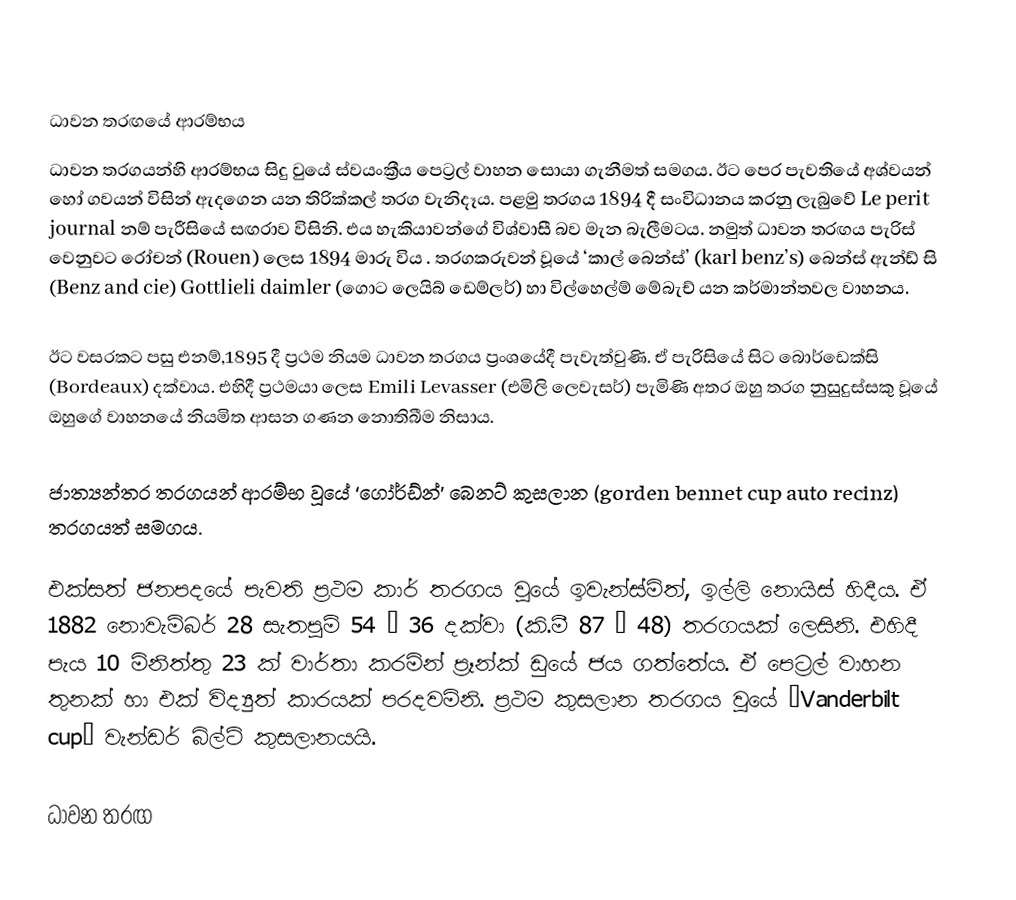

ධාවන තරඟයේ ආරම්භය
ධාවන තරගයන්හි ආරම්භය සිදු වුයේ ස්වයංක්‍රීය පෙට්‍රල් වාහන සොයා ගැනීමත් සමගය. ඊට පෙර පැවතියේ අශ්වයන් හෝ ගවයන් විසින් ඇදගෙන යන තිරික්කල් තරග වැනිදෑය. පළමු තරගය 1894 දී සංවිධානය කරනු ලැබුවේ Le perit journal නම් පැරීසියේ සඟරාව විසිනි. එය හැකියාවන්ගේ විශ්වාසී බව මැන බැලීමටය. නමුත් ධාවන තරඟය පැරිස් වෙනුවට රෝචන් (Rouen) ලෙස 1894 මාරු විය . තරගකරුවන් වූයේ ‘කාල් බෙන්ස්’ (karl benz’s) බෙන්ස් ඇන්ඩ් සි (Benz and cie) Gottlieli daimler (ගොට ලෙයිබ් ඩෙම්ලර්) හා විල්හෙල්ම් මේබැච් යන කර්මාන්තවල වාහනය.

ඊට වසරකට පසු එනම්,1895 දී ප්‍රථම නියම ධාවන තරගය ප්‍රංශයේදී පැවැත්වුණි. ඒ පැරිසියේ සිට බොර්ඩෙක්සි (Bordeaux) දක්වාය. එහිදී ප්‍රථමයා ලෙස Emili Levasser (එමිලි ලෙවැසර්) පැමිණි අතර ඔහු තරග නුසුදුස්සකු වූයේ ඔහුගේ වාහනයේ නියමිත ආසන ගණන නොතිබීම නිසාය.

ජාත්‍යන්තර තරගයන් ආරම්භ වූයේ ‘ගෝර්ඩ්න්’ බෙනට් කුසලාන (gorden bennet cup auto recinz) තරගයත් සමගය.

එක්සත් ජනපදයේ පැවති ප්‍රථම කාර් තරගය වූයේ ඉවැන්ස්මිත්, ඉල්ලි නොයිස් හිදීය. ඒ 1882 නොවැම්බර් 28 සැතපුම් 54 – 36 දක්වා (කි.මී 87 – 48) තරගයක් ලෙසිනි. එහිදී පැය 10 මිනිත්තු 23 ක් වාර්තා කරමින් ප්‍රෑන්ක් ඩුයේ ජය ගත්තේය. ඒ පෙට්‍රල් වාහන තුනක් හා එක් විද්‍යුත් කාරයක් පරදවමිනි. ප්‍රථම කුසලාන තරගය වූයේ ‘Vanderbilt cup’ වැන්ඩර් බිල්ට් කුසලානයයි.

ධාවන තරඟ